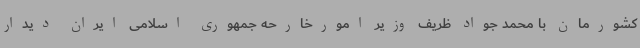
کشورمان با محمد جواد ظریف وزیر امورخارحه جمهوری اسلامی ایران دیدار